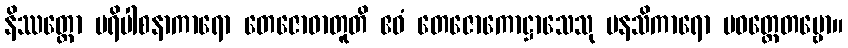
နိဿတ္တော ပရိပါစနာကာရော တေဇောဓာတူတိ ဧဝံ တေဇောကောဋ္ဌာသေသု မနသိကာရော ပဝတ္တေတဗ္ဗော။